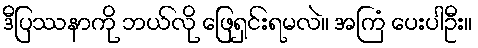
ဒီပြဿနာကို ဘယ်လို ဖြေရှင်းရမလဲ။ အကြံ ပေးပါဦး။